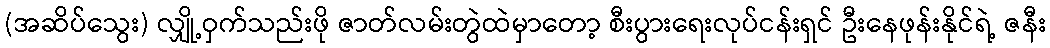
(အဆိပ်သွေး) လျှို့ဝှက်သည်းဖို ဇာတ်လမ်းတွဲထဲမှာတော့ စီးပွားရေးလုပ်ငန်းရှင် ဦးနေဖုန်းနိုင်ရဲ့ ဇနီး